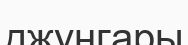
джунгары